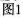
图1